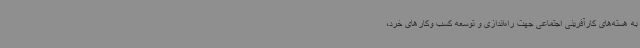
به هسته‌های کارآفرینی اجتماعی جهت راه‌اندازی و توسعه کسب وکارهای خرد،